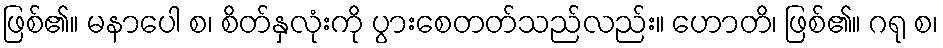
ဖြစ်၏။ မနာပေါ စ၊ စိတ်နှလုံးကို ပွားစေတတ်သည်လည်း။ ဟောတိ၊ ဖြစ်၏။ ဂရု စ၊